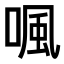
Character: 𠷕